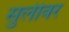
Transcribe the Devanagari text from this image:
सुलीवर